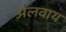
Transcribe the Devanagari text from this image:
अलवाय